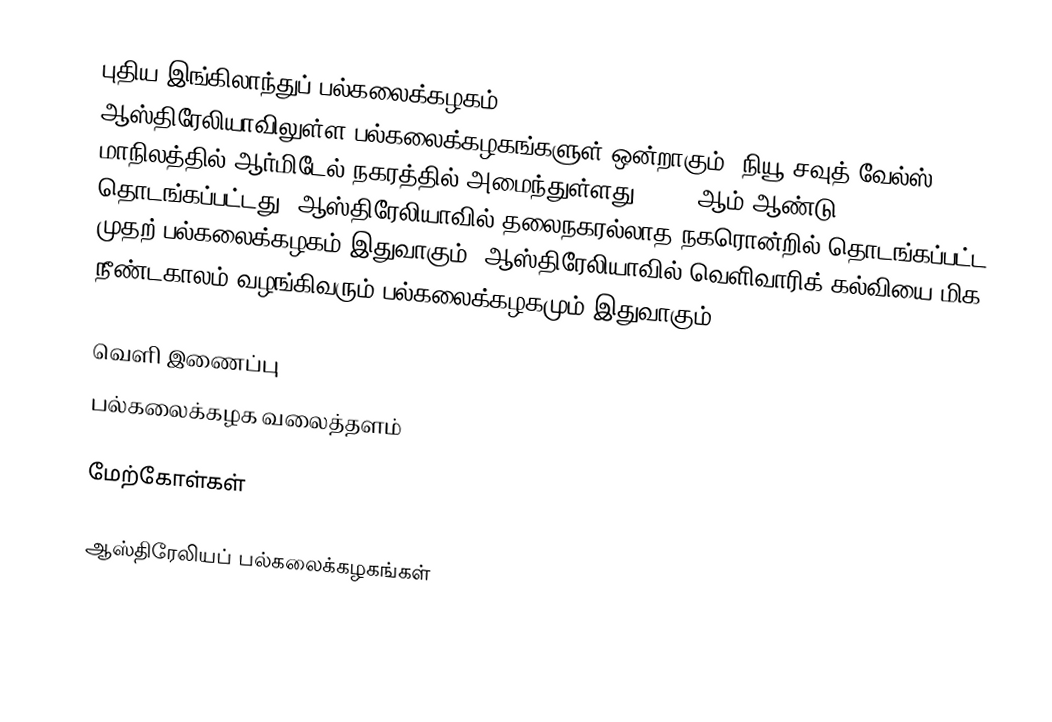
புதிய இங்கிலாந்துப் பல்கலைக்கழகம் (University of New England, Australia) ஆஸ்திரேலியாவிலுள்ள பல்கலைக்கழகங்களுள் ஒன்றாகும். நியூ சவுத் வேல்ஸ் மாநிலத்தில் ஆர்மிடேல் நகரத்தில் அமைந்துள்ளது. 1954 ஆம் ஆண்டு தொடங்கப்பட்டது. ஆஸ்திரேலியாவில் தலைநகரல்லாத நகரொன்றில் தொடங்கப்பட்ட முதற் பல்கலைக்கழகம் இதுவாகும். ஆஸ்திரேலியாவில் வெளிவாரிக் கல்வியை மிக நீண்டகாலம் வழங்கிவரும் பல்கலைக்கழகமும் இதுவாகும்.

வெளி இணைப்பு
 பல்கலைக்கழக வலைத்தளம்

மேற்கோள்கள்

ஆஸ்திரேலியப் பல்கலைக்கழகங்கள்